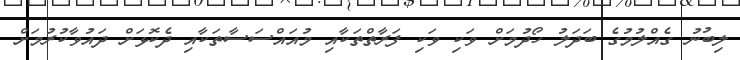
ލިބުނު ގެއްލުމުގެ ބަދަލު ހޯދުމަށް ވަކި ވަކި ފަރާތްތަކާއި މުއައްސަސާތަކާއި ދެކޮޅަށް ދައުވާކުރުމަށް